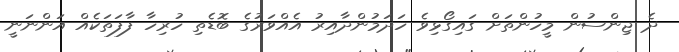
ދެ ޖިންސުން މީހުންތަށް ގައިގޯޅިވެ ހަދަމުންދާއިރު އެއްވަރުގެ ބޮޑެތި ހުރިހާ ފާފަތަކެއް އަންނަނީ